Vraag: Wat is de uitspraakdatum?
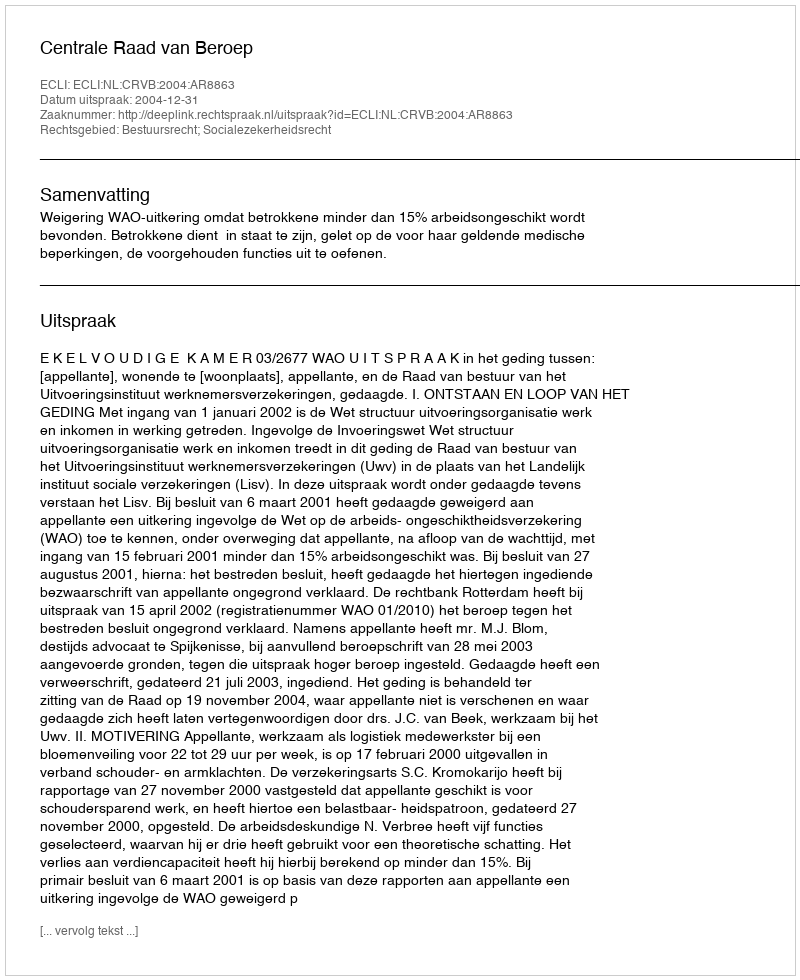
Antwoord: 2004-12-31